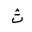
Letter: _tha